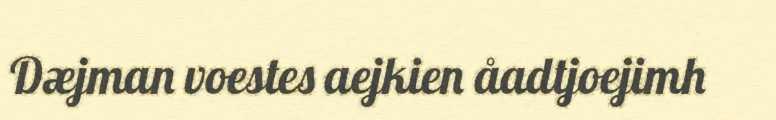
Dæjman voestes aejkien åadtjoejimh